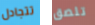
تتجادل تلصق